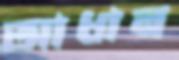
আধান